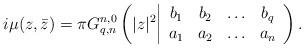
LaTeX: \begin{align*}i\mu(z,{\bar z})=\pi^{}G_{q,n}^{n,0}\left(|z|^2\biggl|\begin{array}{cccc} b_1 & b_2 & \ldots & b_q \\ a_1 & a_2 & \ldots & a_n \end{array}\right).\end{align*}